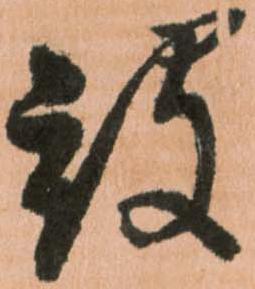
被